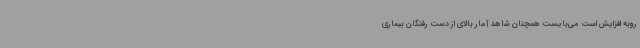
روبه افزایش است می‌بایست همچنان شاهد آمار بالای از دست رفتگان بیماری